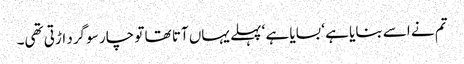
تم نے اسے بنایا ہے ‘ بسایا ہے ‘ پہلے یہاں آتا تھا تو چار سو گرد اڑتی تھی۔